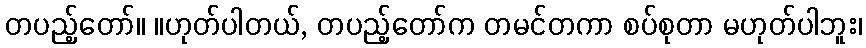
တပည့်တော်။ ။ဟုတ်ပါတယ်, တပည့်တော်က တမင်တကာ စပ်စုတာ မဟုတ်ပါဘူး၊